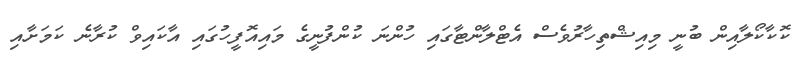
ކޮކާކޯލާއިން ބުނީ މިއިޝްތިހާރުވެސް އެޓްލާންޓާގައި ހުންނަ ކުންފުނީގެ މައިއޮފީހުގައި އާކައިވް ކުރާނެ ކަމަށާއި